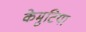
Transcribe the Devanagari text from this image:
केमुटिया